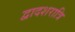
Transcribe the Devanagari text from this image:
द्वादशरात्रि